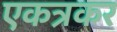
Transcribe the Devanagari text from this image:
एकत्रकर